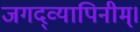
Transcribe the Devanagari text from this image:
जगद्व्यापिनीम्।